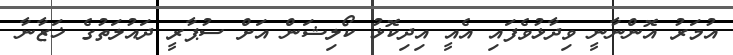
އުމަރު އޮންނާނީ ވިދާޅުވެފައި އެއީ އިދިކޮޅު ކޯލިޝަން އަށް ސުޕާރީ ދައުލަތުގެ ޚަޒާނާ